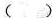
( )